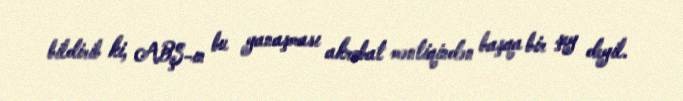
bildirib ki, ABŞ-ın bu yanaşması akrobat məntiqindən başqa bir şey deyil.